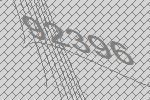
92396